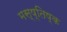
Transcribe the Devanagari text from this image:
मस्ष्तिष्क